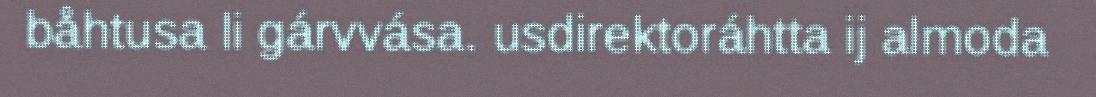
båhtusa li gárvvása. usdirektoráhtta ij almoda